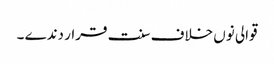
قوالی نوں خلاف سنت قرار دندے ۔